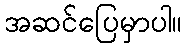
အဆင်ပြေမှာပါ။